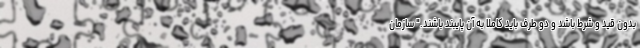
بدون قید و شرط باشد و دو طرف باید کاملاً به آن پایبند باشند." سازمان